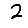
Digit: 2